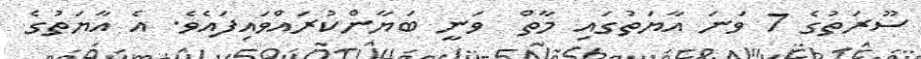
ސޫރަތުގެ 7 ވަނަ އާޔަތުގައި މާތް  ވަނީ ބަޔާންކުރައްވައިފައެވެ. އެ އާޔަތުގެ